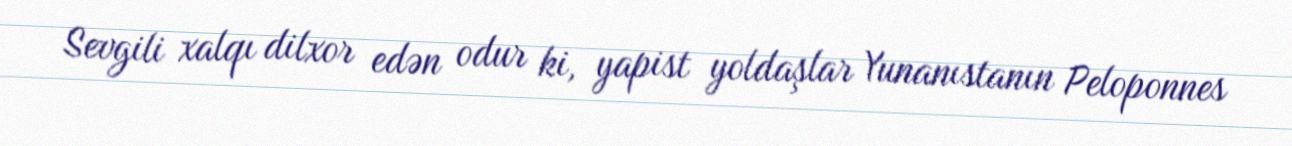
Sevgili xalqı dilxor edən odur ki, yapist yoldaşlar Yunanıstanın Peloponnes